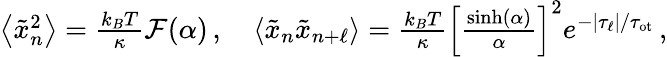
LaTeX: \begin{array}{r}{\left\langle\tilde{x}_{n}^{2}\right\rangle=\frac{k_{B}T}{\kappa}\mathcal{F}(\alpha)\, ,\quad\left\langle\tilde{x}_{n}\tilde{x}_{n+\ell}\right\rangle=\frac{k_{B}T}{\kappa}\left[\frac{\sinh(\alpha)}{\alpha}\right]^{2}e^{-|\tau_{\ell}|/\tau_{\mathrm{ot}}}\, ,}\end{array}